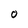
Character: O